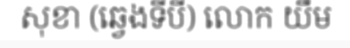
សុខា (ឆ្វេងទីបី) លោក យឹម